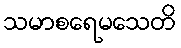
သမာစရေမသေတိ